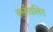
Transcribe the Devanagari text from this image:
क्लीवलिंग